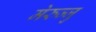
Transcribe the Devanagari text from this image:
मेरुज्जु